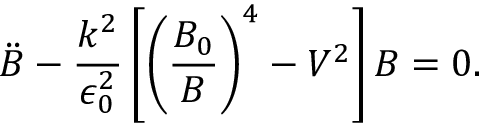
\ddot { B } - \frac { k ^ { 2 } } { \epsilon _ { 0 } ^ { 2 } } \left[ \left( \frac { B _ { 0 } } { B } \right) ^ { 4 } - V ^ { 2 } \right] B = 0 .